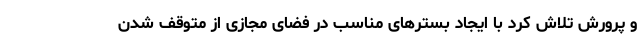
و پرورش تلاش کرد با ایجاد بسترهای مناسب در فضای مجازی از متوقف شدن